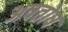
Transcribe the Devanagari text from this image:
अषतोष